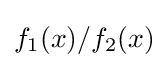
f_{1}(x)/f_{2}(x)